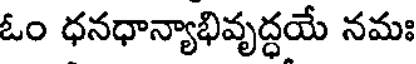
ఓం ధనధాన్యాభివృద్ధయే నమః